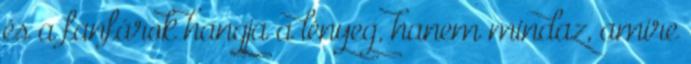
és a fanfárok hangja a lényeg, hanem mindaz, amire